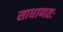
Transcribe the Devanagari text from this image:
साधाणतः